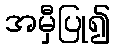
အမှီပြု၍